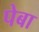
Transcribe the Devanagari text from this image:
पेबा